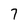
Character: 7